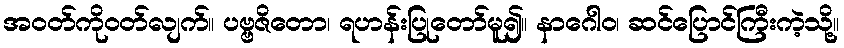
အဝတ်ကိုဝတ်လျက်။ ပဗ္ဗဇိတော၊ ရဟန်းပြုတော်မူ၍။ နာဂေါဝ၊ ဆင်ပြောင်ကြီးကဲ့သို့။